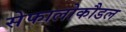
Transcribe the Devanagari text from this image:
सेफालोकौडल